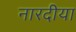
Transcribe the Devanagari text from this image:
नारदीया